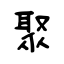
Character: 聚